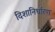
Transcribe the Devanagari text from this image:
दिशानिर्धारण